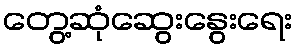
တွေ့ဆုံဆွေးနွေးရေး